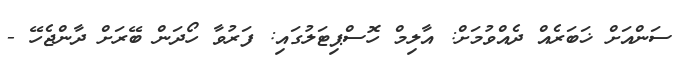
ސަންއަށް ޚަބަރެއް ދެއްވުމަށް: އާލިމް ހޮސްޕިޓަލުގައި: ފަރުވާ ހޯދަން ބޭރަށް ދާންޖެހޭ -